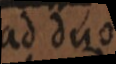
ad duo